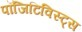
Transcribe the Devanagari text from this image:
पॉजिटिविस्ट्स